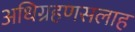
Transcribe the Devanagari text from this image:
अधिग्रहणसलाह